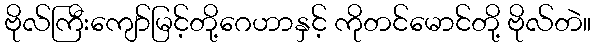
ဗိုလ်ကြီးကျော်မြင့်တို့ဂေဟာနှင့် ကိုတင်မောင်တို့ ဗိုလ်တဲ။